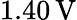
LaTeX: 1.40\, \mathrm{V}